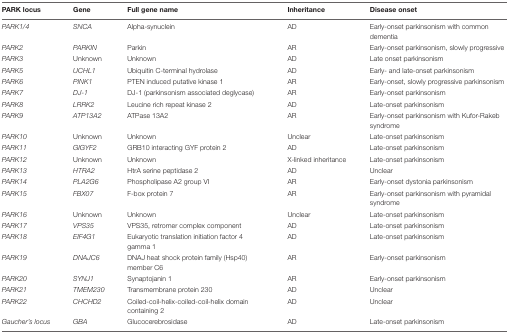
| PARK locus | Gene | Full gene name | Inheritance | Disease onset |
 | --- | --- | --- | --- | --- |
 | PARK1/4 | SNCA | Alpha-synuclein | AD | Early-onset parkinsonism with common dementia |
 | PARK2 | PARKIN | Parkin | AR | Early-onset parkinsonism, slowly progressive |
 | PARK3 | Unknown | Unknown | AD | Late onset parkinsonism |
 | PARK5 | UCHL1 | Ubiquitin C-terminal hydrolase | AD | Early- and late-onset parkinsonism |
 | PARK6 | PINK1 | PTEN induced putative kinase 1 | AR | Early-onset, slowly progressive parkinsonism |
 | PARK7 | DJ-1 | DJ-1 (parkinsonism associated deglycase) | AR | Early-onset parkinsonism |
 | PARK8 | LRRK2 | Leucine rich repeat kinase 2 | AD | Late-onset parkinsonism |
 | PARK9 | ATP13A2 | ATPase 13A2 | AR | Early-onset parkinsonism with Kufor-Rakeb syndrome |
 | PARK10 | Unknown | Unknown | Unclear | Late-onset parkinsonism |
 | PARK11 | GIGYF2 | GRB10 interacting GYF protein 2 | AD | Late-onset parkinsonism |
 | PARK12 | Unknown | Unknown | X-linked inheritance | Late-onset parkinsonism |
 | PARK13 | HTRA2 | HtrA serine peptidase 2 | AD | Unclear |
 | PARK14 | PLA2G6 | Phospholipase A2 group VI | AR | Early-onset dystonia parkinsonism |
 | PARK15 | FBX07 | F-box protein 7 | AR | Early-onset parkinsonism with pyramidal syndrome |
 | PARK16 | Unknown | Unknown | Unclear | Late-onset parkinsonism |
 | PARK17 | VPS35 | VPS35, retromer complex component | AD | Late-onset parkinsonism |
 | PARK18 | EIF4G1 | Eukaryotic translation initiation factor 4 gamma 1 | AD | Late-onset parkinsonism |
 | PARK19 | DNAJC6 | DNAJ heat shock protein family (Hsp40) member C6 | AR | Early-onset parkinsonism |
 | PARK20 | SYNJ1 | Synaptojanin 1 | AR | Early-onset parkinsonism |
 | PARK21 | TMEM230 | Transmembrane protein 230 | AD | Unclear |
 | PARK22 | CHCHD2 | Coiled-coil-helix-coiled-coil-helix domain containing 2 | AD | Unclear |
 | Gaucher’s locus | GBA | Glucocerebrosidase | AD | Late-onset parkinsonism |